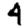
Digit: 4